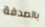
بالصدفة